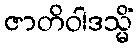
ဇာတိဝါဒသ္မိံ